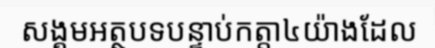
សង្គមអត្ថបទបន្ទាប់កត្តា៤យ៉ាងដែល